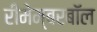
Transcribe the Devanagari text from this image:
रीमेम्बरबॉल